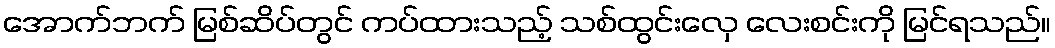
အောက်ဘက် မြစ်ဆိပ်တွင် ကပ်ထားသည့် သစ်ထွင်းလှေ လေးစင်းကို မြင်ရသည်။